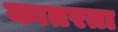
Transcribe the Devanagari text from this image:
कातरता